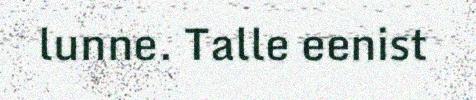
lunne. Talle eenist